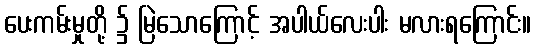
ပေးကမ်းမှုတို့ ၌ မြဲသောကြောင့် အပါယ်လေးပါး မလားရကြောင်း။